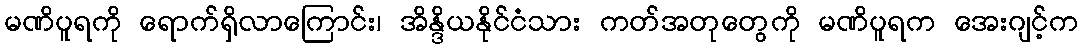
မဏိပူရကို ရောက်ရှိလာကြောင်း၊ အိန္ဒိယနိုင်ငံသား ကတ်အတုတွေကို မဏိပူရက အေးဂျင့်က